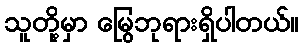
သူတို့မှာ မြွေဘုရားရှိပါတယ်။